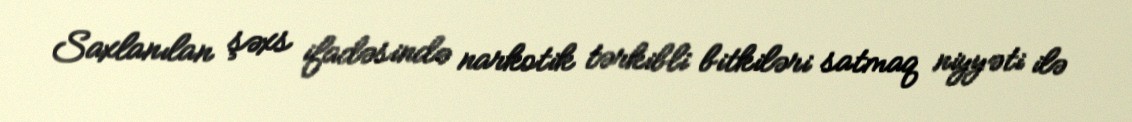
Saxlanılan şəxs ifadəsində narkotik tərkibli bitkiləri satmaq niyyəti ilə